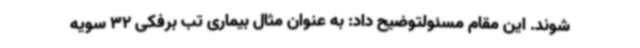
شوند. این مقام مسئولتوضیح داد: به عنوان مثال بیماری تب برفکی 32 سویه